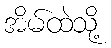
အိမ်ထဲသို့